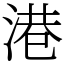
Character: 港